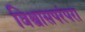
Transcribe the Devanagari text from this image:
विश्वासपरंपरा